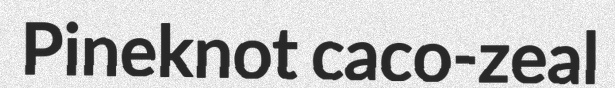
Pineknot caco-zeal